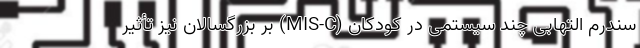
سندرم التهابی چند سیستمی در کودکان (MIS-C) بر بزرگسالان نیز تأثیر